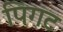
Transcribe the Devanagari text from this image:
पिगट